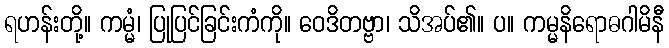
ရဟန်းတို့။ ကမ္မံ၊ ပြုပြင်ခြင်းကံကို။ ဝေဒိတဗ္ဗာ၊ သိအပ်၏။ ပ။ ကမ္မနိရောဓဂါမိနီ